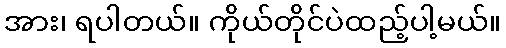
အား၊ ရပါတယ်။ ကိုယ်တိုင်ပဲထည့်ပါ့မယ်။